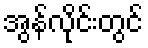
အွန်လိုင်းတွင်